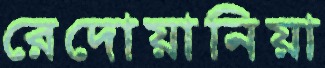
রেদোয়ানিয়া